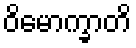
ဝိမောက္ခာတိ